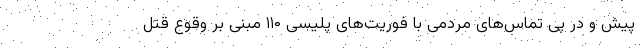
پیش و در پی تماس‌های مردمی با فوریت‌های پلیسی ۱۱۰ مبنی بر وقوع قتل